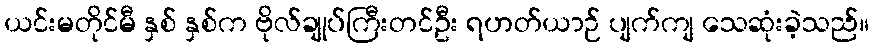
ယင်းမတိုင်မီ နှစ် နှစ်က ဗိုလ်ချုပ်ကြီးတင်ဦး ရဟတ်ယာဉ် ပျက်ကျ သေဆုံးခဲ့သည်။